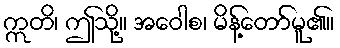
ဣတိ၊ ဤသို့။ အဝေါစ၊ မိန့်တော်မူ၏။